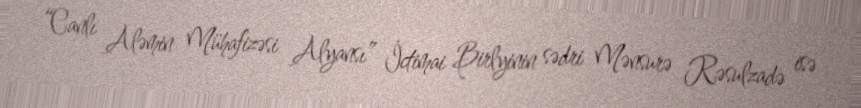
“Canlı Aləmin Mühafizəsi Alyansı” İctimai Birlyinin sədri Mənsurə Rəsulzadə isə